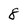
Character: 8